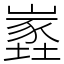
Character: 嶳